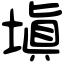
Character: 塡